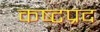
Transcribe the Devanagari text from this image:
कष्‍टप्रद